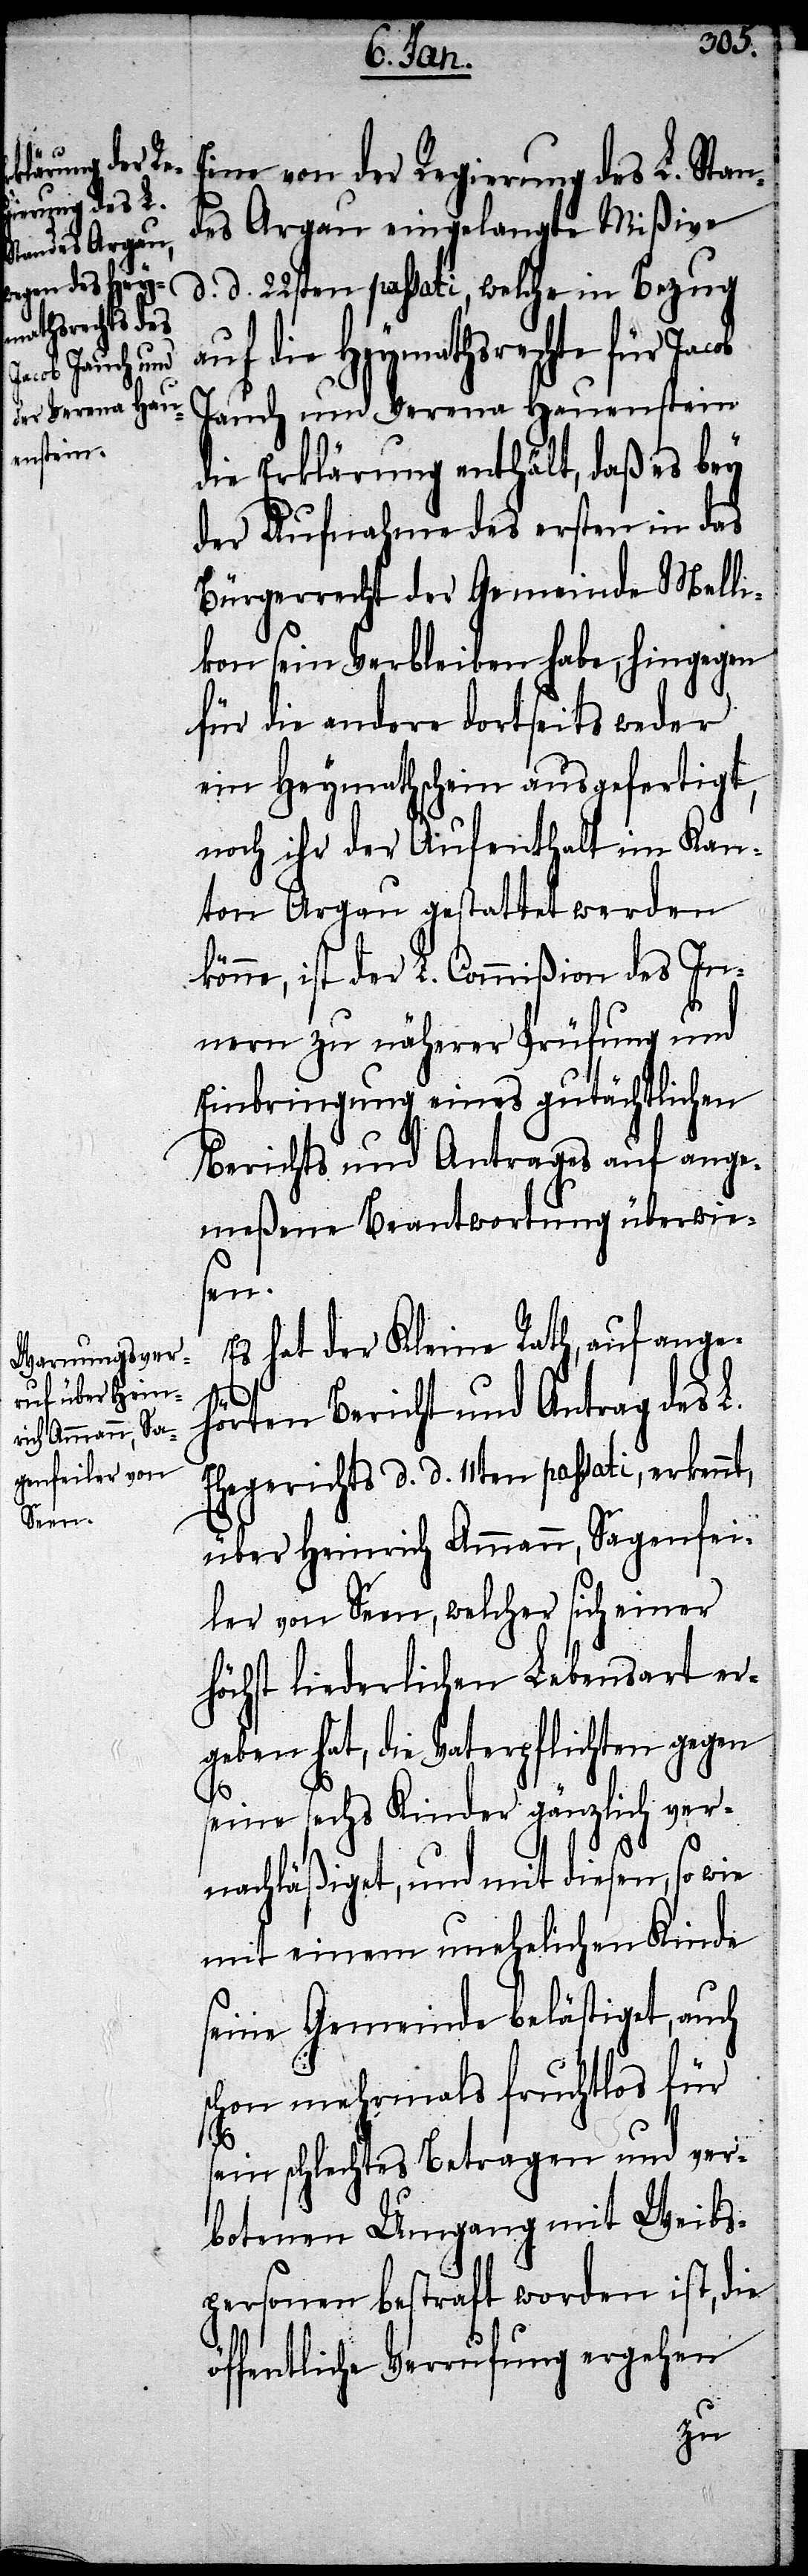
Eine von der Regierung des L. Stan¬
des Argau eingelangte Mißive
d. d. 22sten passati, welche in Bezug
auf die Heymathsrechte für
Jauch und Verena Hauenstein
die Erklärung enthält, daß es bey
der Aufnahme des ersten in das
Bürgerrecht der Gemeinde Melli¬
kon sein Verbleiben habe, hingegen
für die andere dortseits weder
ein Heymathschein ausgefertigt,
noch ihr der Aufenthalt im Kan¬
ton Argau gestattet werden
könne, ist der L. Commißion des In¬
nern zu näherer Prüfung und
Einbringung eines gutächtlichen
Berichts und Antrages auf ange¬
meßene Beantwortung überwies¬
en.
Es hat der Kleine Rath, auf ange¬
hörten Bericht und Antrag des L.
Ehegerichts d. d. 11ten passati, erkennt,
über Heinrich Ammann, Sagenfei¬
ler von Seen, welcher sich einer
höchst liederlichen Lebensart er¬
geben hat, die Vaterpflichten gegen
seine sechs Kinder gänzlich ver¬
nachläßiget, und mit diesen, so
mit einem unehelichen Kinde
seine Gemeinde belästiget, auch
schon mehrmals fruchtlos für
sein schlechtes Betragen und ver¬
botenen Umgang mit Weibs¬
personen bestraft worden ist, die
öffentliche Verrufung ergehen